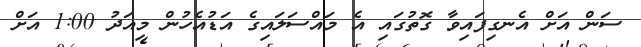
ސަން އަށް އެނގިފައިވާ ގޮތުގައި އެ މައްސަލައިގެ އަޑުއެހުން މިއަދު 1:00 އަށް